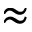
\approx